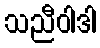
သညီဝါဒါ